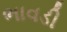
ભાવડી